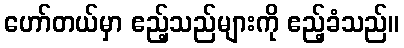
ဟော်တယ်မှာ ဧည့်သည်များကို ဧည့်ခံသည်။